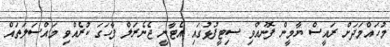
މުހައްމަދަށް ރައީސް ޔާމީން ފޮނުއްވި ސިޓީފުޅުގައި އެޓާނީ ޖެނެރަލް ފާހަގަ ކުރެއްވި މައްސަލަތައް